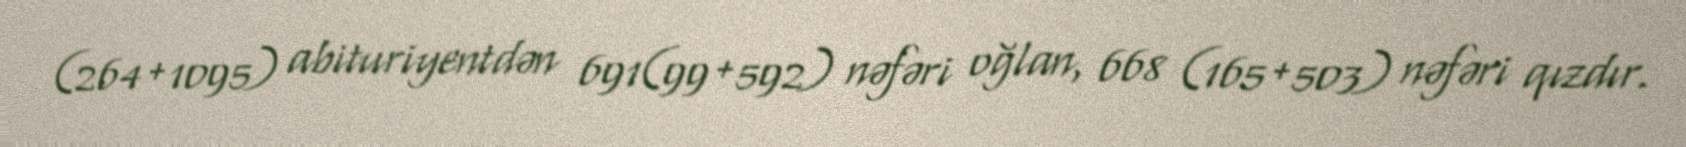
(264+1095) abituriyentdən 691(99+592) nəfəri oğlan, 668 (165+503) nəfəri qızdır.